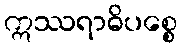
ဣဿရာဓိပစ္စေ